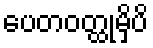
ပေတဝတ္ထုမှိပိ